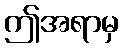
ဤအရာမှ